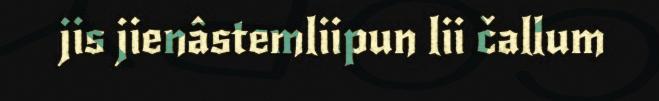
jis jienâstemliipun lii čallum